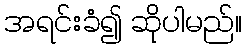
အရင်းခံ၍ ဆိုပါမည်။